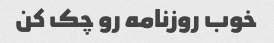
خوب روزنامه رو چک کن